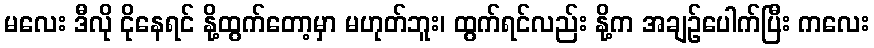
မလေး ဒီလို ငိုနေရင် နို့ထွက်တော့မှာ မဟုတ်ဘူး၊ ထွက်ရင်လည်း နို့က အချဉ်ပေါက်ပြီး ကလေး